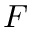
F